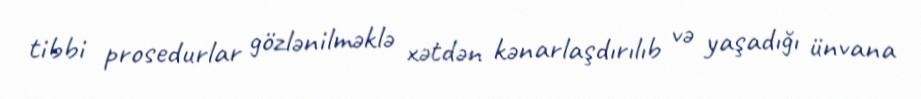
tibbi prosedurlar gözlənilməklə xətdən kənarlaşdırılıb və yaşadığı ünvana